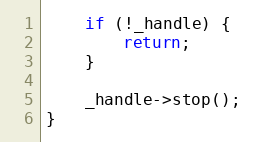
Language: C++
    if (!_handle) {
        return;
    }

    _handle->stop();
}